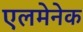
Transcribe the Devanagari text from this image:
एलमेनेक